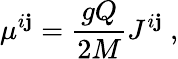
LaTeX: \mu^{i\mathbf{j}}={\frac{{gQ}}{{2M}}}J^{i\mathbf{j}}\ ,